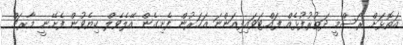
އަތޮޅަށް ރަސްމީ ދަތުރުފުޅެއް ފައްޓަވަައިފިއަންނަ އަހަރުން ފެށިގެން އޭލެވެލް ކިޔެވުން ފެށޭނީ މާރޗް